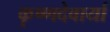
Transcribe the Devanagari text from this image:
कृष्णदेवार्या